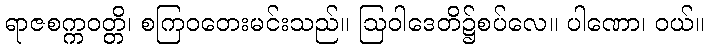
ရာဇစက္ကဝတ္တိ၊ စကြဝတေးမင်းသည်။ ဩဝါဒေတိ၌စပ်လေ။ ပါဏော၊ ဝယ်။